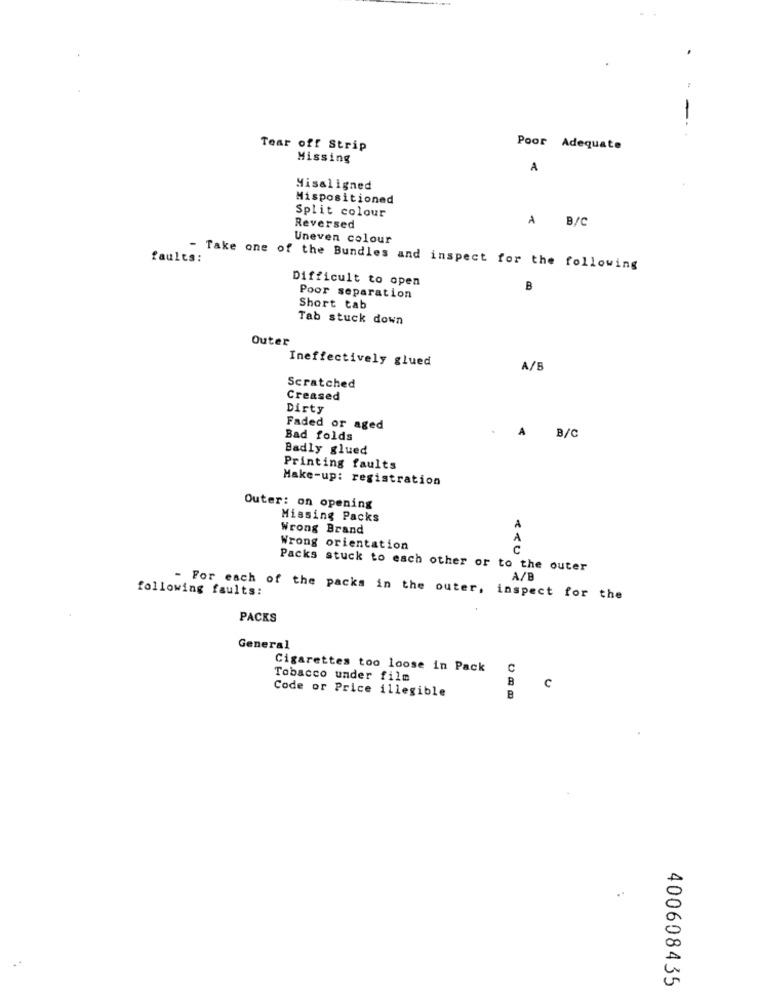
Tear off Strip
Poor Adequate
Missing
A
Misaligned
Mispositioned
Split colour
A B/C
Reversed
Uneven colour
faults:
- Take one of the Bundles and inspect for the following
Difficult to open
B
Poor separation
Short tab
Tab stuck down
Outer
Ineffectively glued
A/B
Scratched
Creased
Dirty
Faded or aged
A
Bad folds
B/C
Badly glued
Printing faults
Make-up: registration
Outer: on opening
Missing Packs
Wrong Brand
A
Wrong orientation
C
Packs stuck to each other or to the outer
A/B
following faults:
- For each of the packs in the outer, inspect for the
PACKS
General
Cigarettes too loose in Pack
C
Tobacco under film
B
Code or Price illegible
C
B
400608435